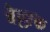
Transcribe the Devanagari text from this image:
बैल्लाक